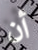
أن